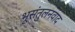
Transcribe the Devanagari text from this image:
भूसंतुलनवाद